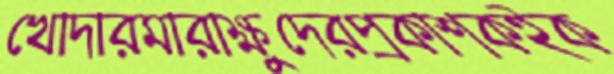
খোদারমারাক্ষুদেরপ্রকাশকইক